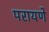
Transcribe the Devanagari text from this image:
परायणे